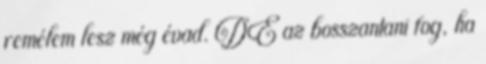
remélem lesz még évad. DE az bosszantani fog, ha